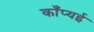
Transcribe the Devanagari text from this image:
काँप्यई